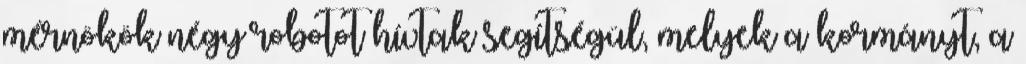
mérnökök négy robotot hívtak segítségül, melyek a kormányt, a